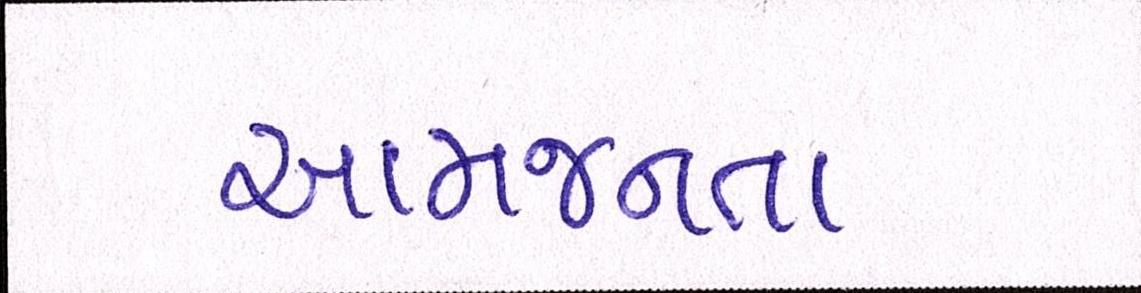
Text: આમજનતા